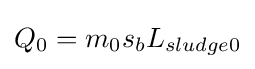
Q_{0}=m_{0}s_{b}L_{sludge0}